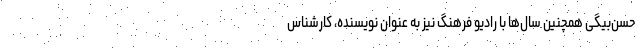
حسن‌بیگی همچنین سال‌ها با رادیو فرهنگ نیز به عنوان نویسنده، کارشناس